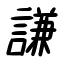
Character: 謙